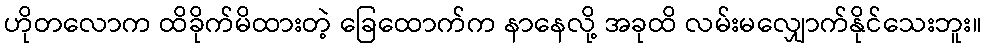
ဟိုတလောက ထိခိုက်မိထားတဲ့ ခြေထောက်က နာနေလို့ အခုထိ လမ်းမလျှောက်နိုင်သေးဘူး။